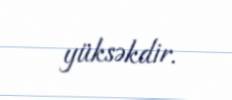
yüksəkdir.